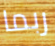
ربما